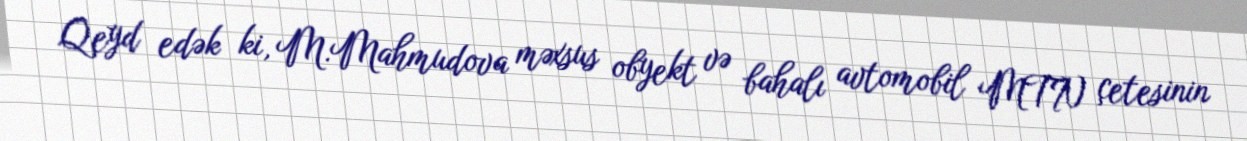
Qeyd edək ki, M.Mahmudova məxsus obyekt və bahalı avtomobil MTN çetesinin